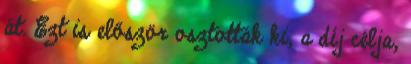
át. Ezt is először osztották ki, a díj célja,